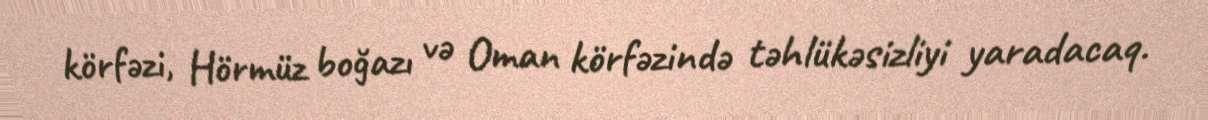
körfəzi, Hörmüz boğazı və Oman körfəzində təhlükəsizliyi yaradacaq.